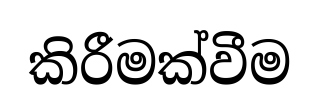
කිරීමක්වීම